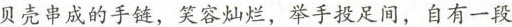
贝壳成的手链，笑容灿烂，举手投足间，自有一段